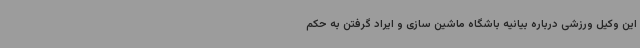
این وکیل ورزشی درباره بیانیه باشگاه ماشین سازی و ایراد گرفتن به حکم